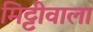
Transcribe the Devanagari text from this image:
मिट्टीवाला